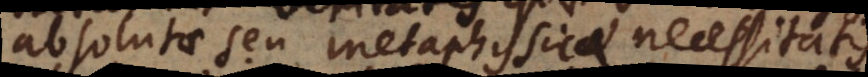
absolutae seu metaphysicae necessitatis